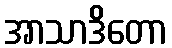
အာသာဒိတော